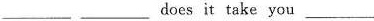
___ does it take you___